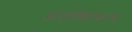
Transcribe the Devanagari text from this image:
अंटार्क्टिकाचे